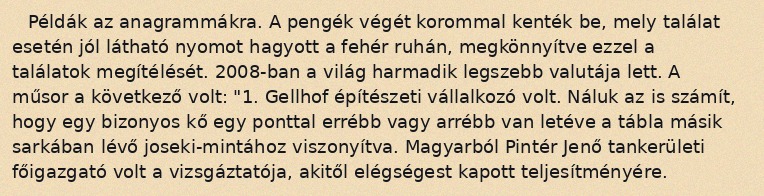
Példák az anagrammákra. A pengék végét korommal kenték be, mely találat esetén jól látható nyomot hagyott a fehér ruhán, megkönnyítve ezzel a találatok megítélését. 2008-ban a világ harmadik legszebb valutája lett. A műsor a következő volt: "1. Gellhof építészeti vállalkozó volt. Náluk az is számít, hogy egy bizonyos kő egy ponttal errébb vagy arrébb van letéve a tábla másik sarkában lévő joseki-mintához viszonyítva. Magyarból Pintér Jenő tankerületi főigazgató volt a vizsgáztatója, akitől elégségest kapott teljesítményére.